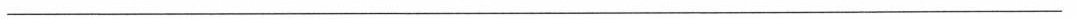
____